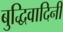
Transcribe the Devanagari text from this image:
बुद्धिवादिनी